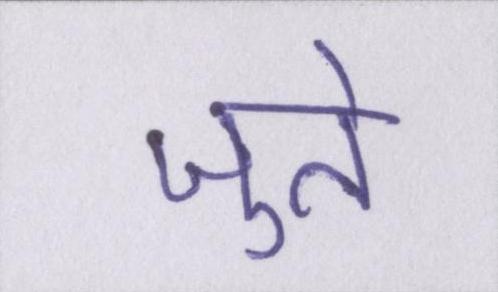
जुते